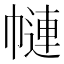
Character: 𢄱